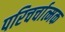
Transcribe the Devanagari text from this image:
परिचर्चात्मक